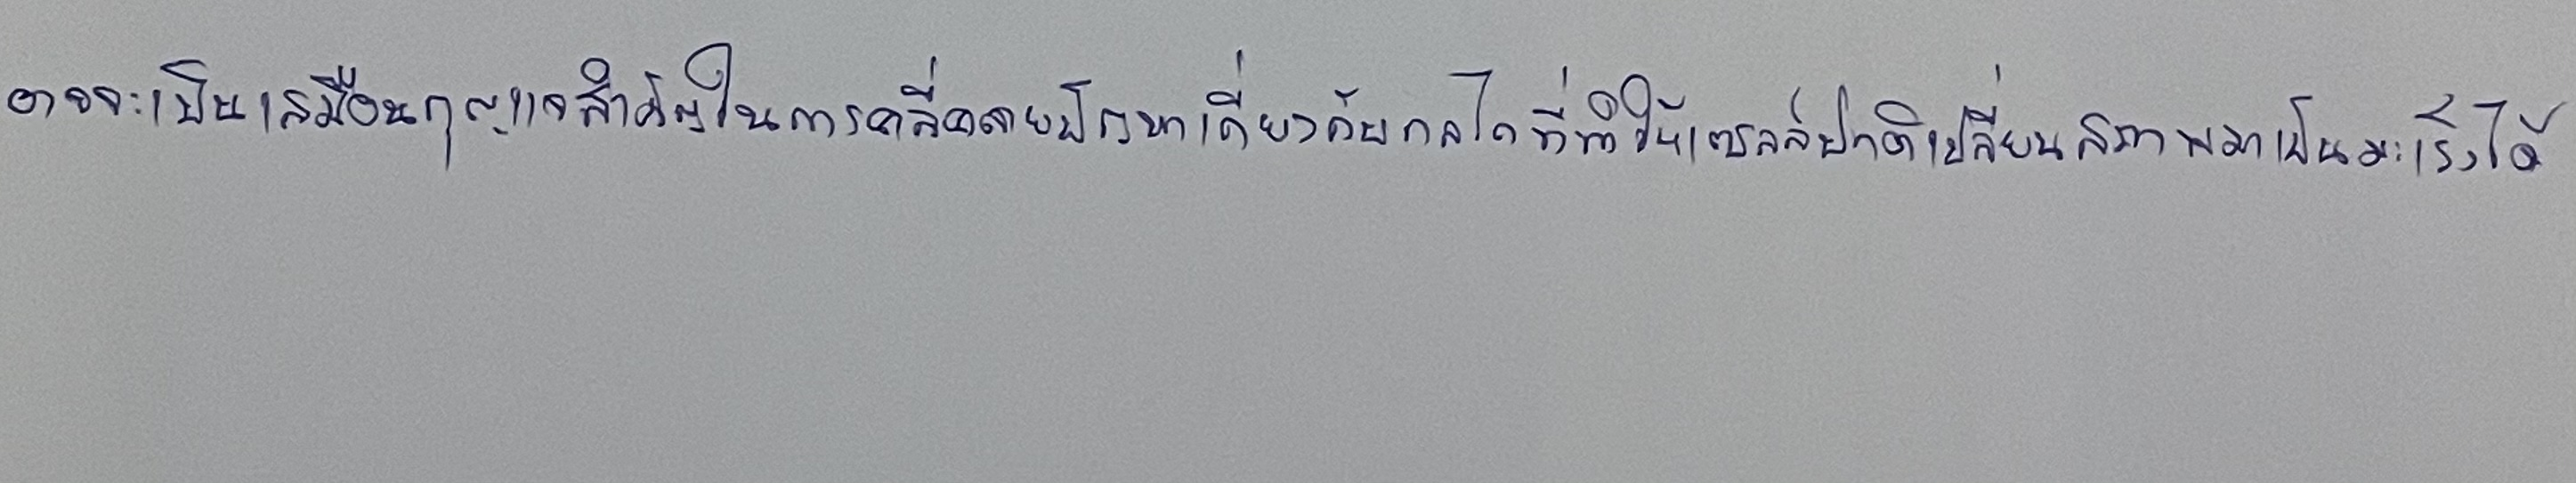
อาจจะเป็นเสมือนกุญแจสำคัญในการคลี่คลายปัญหาเกี่ยวกับกลไกที่ทำให้เซลล์ปกติเปลี่ยนสภาพมาเป็นมะเร็งได้